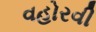
વહોરવી